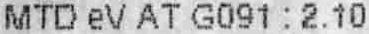
MTD EV AT G091 : 2.10